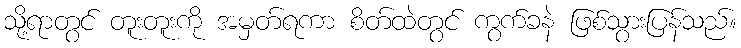
သို့ရာတွင် တူးတူးကို အမှတ်ရကာ စိတ်ထဲတွင် ကွက်ခနဲ ဖြစ်သွားပြန်သည်။